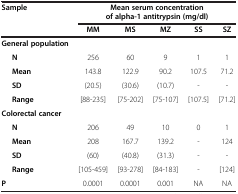
<table><thead><tr><td><b>Sample</b></td><td colspan="5"><b>Mean serum concentration of alpha-1 antitrypsin (mg/dl)</b></td></tr><tr><td><b> </b></td><td><b>MM</b></td><td><b>MS</b></td><td><b>MZ</b></td><td><b>SS</b></td><td><b>SZ</b></td></tr></thead><tbody><tr><td><b>General population</b></td><td> </td><td> </td><td> </td><td> </td><td> </td></tr><tr><td><b>N</b></td><td>256</td><td>60</td><td>9</td><td>1</td><td>1</td></tr><tr><td><b>Mean</b></td><td>143.8</td><td>122.9</td><td>90.2</td><td>107.5</td><td>71.2</td></tr><tr><td><b>SD</b></td><td>(20.5)</td><td>(30.6)</td><td>(10.7)</td><td>-</td><td>-</td></tr><tr><td><b>Range</b></td><td>[88-235]</td><td>[75-202]</td><td>[75-107]</td><td>[107.5]</td><td>[71.2]</td></tr><tr><td><b>Colorectal cancer</b></td><td> </td><td> </td><td> </td><td> </td><td> </td></tr><tr><td><b>N</b></td><td>206</td><td>49</td><td>10</td><td>0</td><td>1</td></tr><tr><td><b>Mean</b></td><td>208</td><td>167.7</td><td>139.2</td><td>-</td><td>124</td></tr><tr><td><b>SD</b></td><td>(60)</td><td>(40.8)</td><td>(31.3)</td><td>-</td><td>-</td></tr><tr><td><b>Range</b></td><td>[105-459]</td><td>[93-278]</td><td>[84-183]</td><td>-</td><td>[124]</td></tr><tr><td><b>P</b></td><td>0.0001</td><td>0.0001</td><td>0.001</td><td>NA</td><td>NA</td></tr></tbody></table>